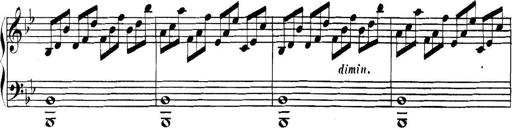
Title: Collected Piano Sonatas
Composer: Muzio Clementi